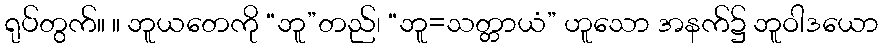
ရုပ်တွက်။ ။ ဘူယတေကို “ဘူ”တည်၊ “ဘူ=သတ္တာယံ” ဟူသော အနက်၌ ဘူဝါဒယော